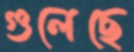
গুলেছে